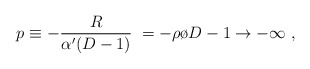
\begin{align*} p \equiv -{R\over{\alpha' (D-1)}}\; = - { {\rho}\o {D-1}}\to -\infty \; ,\end{align*}